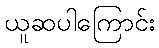
ယူဆပါကြောင်း